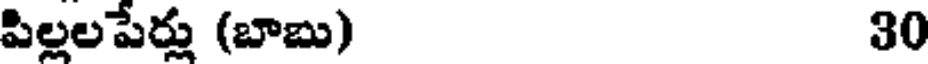
పిల్లలపేర్లు (బాబు) 30